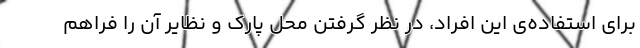
برای استفاده‌ی این افراد، در نظر گرفتن محل پارک و نظایر آن را فراهم